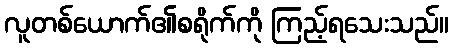
လူတစ်ယောက်၏စရိုက်ကို ကြည့်ရသေးသည်။